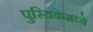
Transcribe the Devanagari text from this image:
पुस्तिकेमध्ये